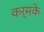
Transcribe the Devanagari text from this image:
कर्मके